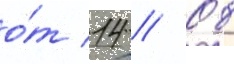
о́т 14 // 08